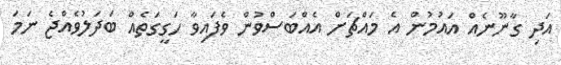
އަދި ގާނޫނެއް އައުމުން އެ މައްޗަށް އެއްބަސްވުން ވެފައިވާ ހަގީގަތެއް ބަދަލުވެއްޖެ ނަމަ